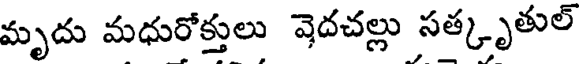
మృదు మధురోక్తులు వెదచల్లు సత్కృతుల్